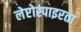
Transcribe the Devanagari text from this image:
लेप्टोस्पाइरता